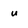
Character: u